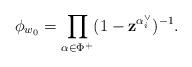
LaTeX: \begin{align*} \phi_{w_0} = \prod_{\alpha \in \Phi^+} (1 -\mathbf{z}^{\alpha_i^{\vee}})^{- 1} . \end{align*}